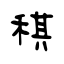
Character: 稘